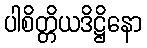
ပါစိတ္တိယဒိဋ္ဌိနော